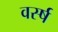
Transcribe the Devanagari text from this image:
वर्स्ष